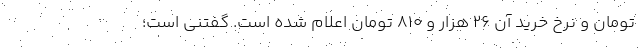
تومان و نرخ خرید آن ۲۶ هزار و ۸۱۰ تومان اعلام شده است. گفتنی است؛